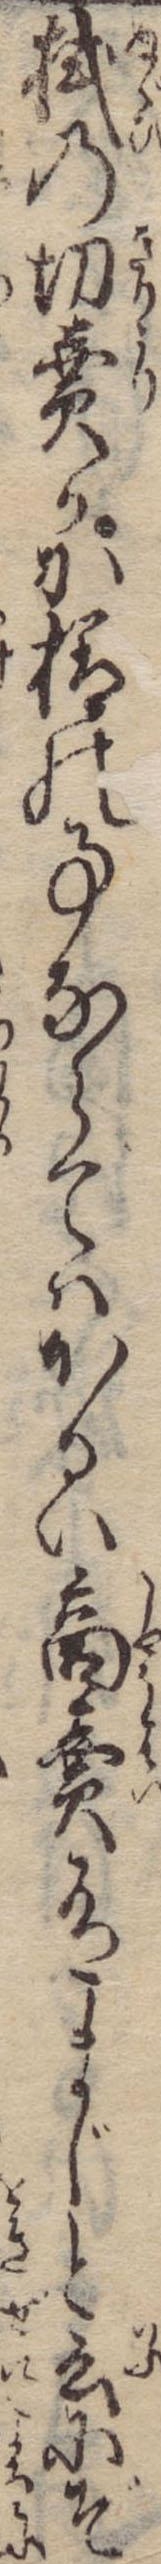
拭の切売かか様の事ならではかるい商売有まじと云にぞ